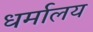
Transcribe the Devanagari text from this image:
धर्मालय